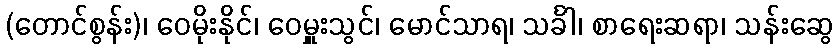
(တောင်စွန်း)၊ ဝေမိုးနိုင်၊ ဝေမှူးသွင်၊ မောင်သာရ၊ သင်္ခါ၊ စာရေးဆရာ၊ သန်းဆွေ